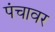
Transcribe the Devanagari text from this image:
पंचावर